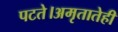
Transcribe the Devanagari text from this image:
पटते।अमृतातेही